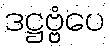
ဒဋ္ဌဗ္ဗံပေ